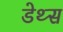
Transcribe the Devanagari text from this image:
डेथ्स